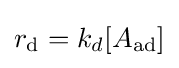
r_{\text{d}}=k_{d}[A_{\text{ad}}]